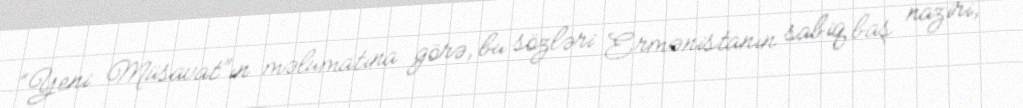
“Yeni Müsavat”ın məlumatına görə, bu sözləri Ermənistanın sabiq baş naziri,